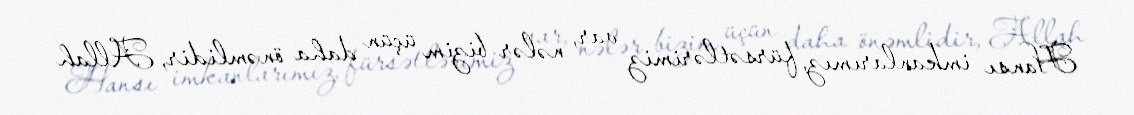
Hansı imkanlarımız, fürsətlərimiz var, nələr bizim üçün daha önəmlidir, Allah